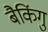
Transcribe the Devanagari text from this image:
बैकिंगु